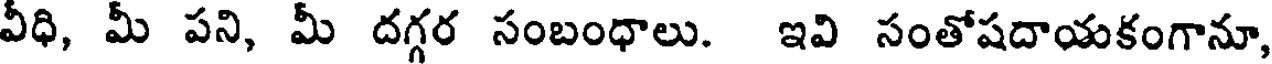
వీధి, మీ పని, మీ దగ్గర సంబంధాలు. ఇవి సంతోషదాయకంగానూ,